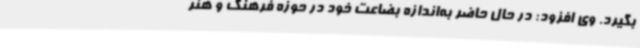
بگیرد. وی افزود: در حال حاضر به‌اندازه بضاعت خود در حوزه فرهنگ و هنر